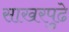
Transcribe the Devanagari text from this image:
साखरपुढे